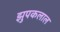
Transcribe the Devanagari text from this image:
झुपकलाल